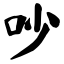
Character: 吵